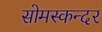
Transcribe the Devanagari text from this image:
सोमस्कन्दर